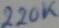
Text: 220K